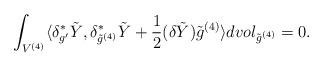
LaTeX: \begin{align*}\int_{V^{(4)}}\langle\delta^*_{g'}\tilde Y,\delta^*_{\tilde g^{(4)}}\tilde Y+\frac{1}{2}(\delta \tilde Y)\tilde g^{(4)}\rangle dvol_{\tilde g^{(4)}}=0.\end{align*}